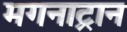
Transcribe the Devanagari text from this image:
मगनाट्रान